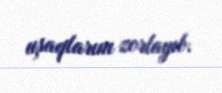
uşaqlarını zorlayıb.